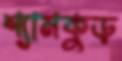
শ্যামকুড়